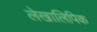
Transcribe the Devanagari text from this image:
लेखालिपिक